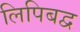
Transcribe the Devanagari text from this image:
लिपिबद्व